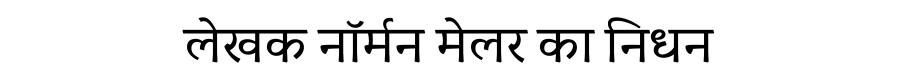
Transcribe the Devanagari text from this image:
लेखक नॉर्मन मेलर का निधन